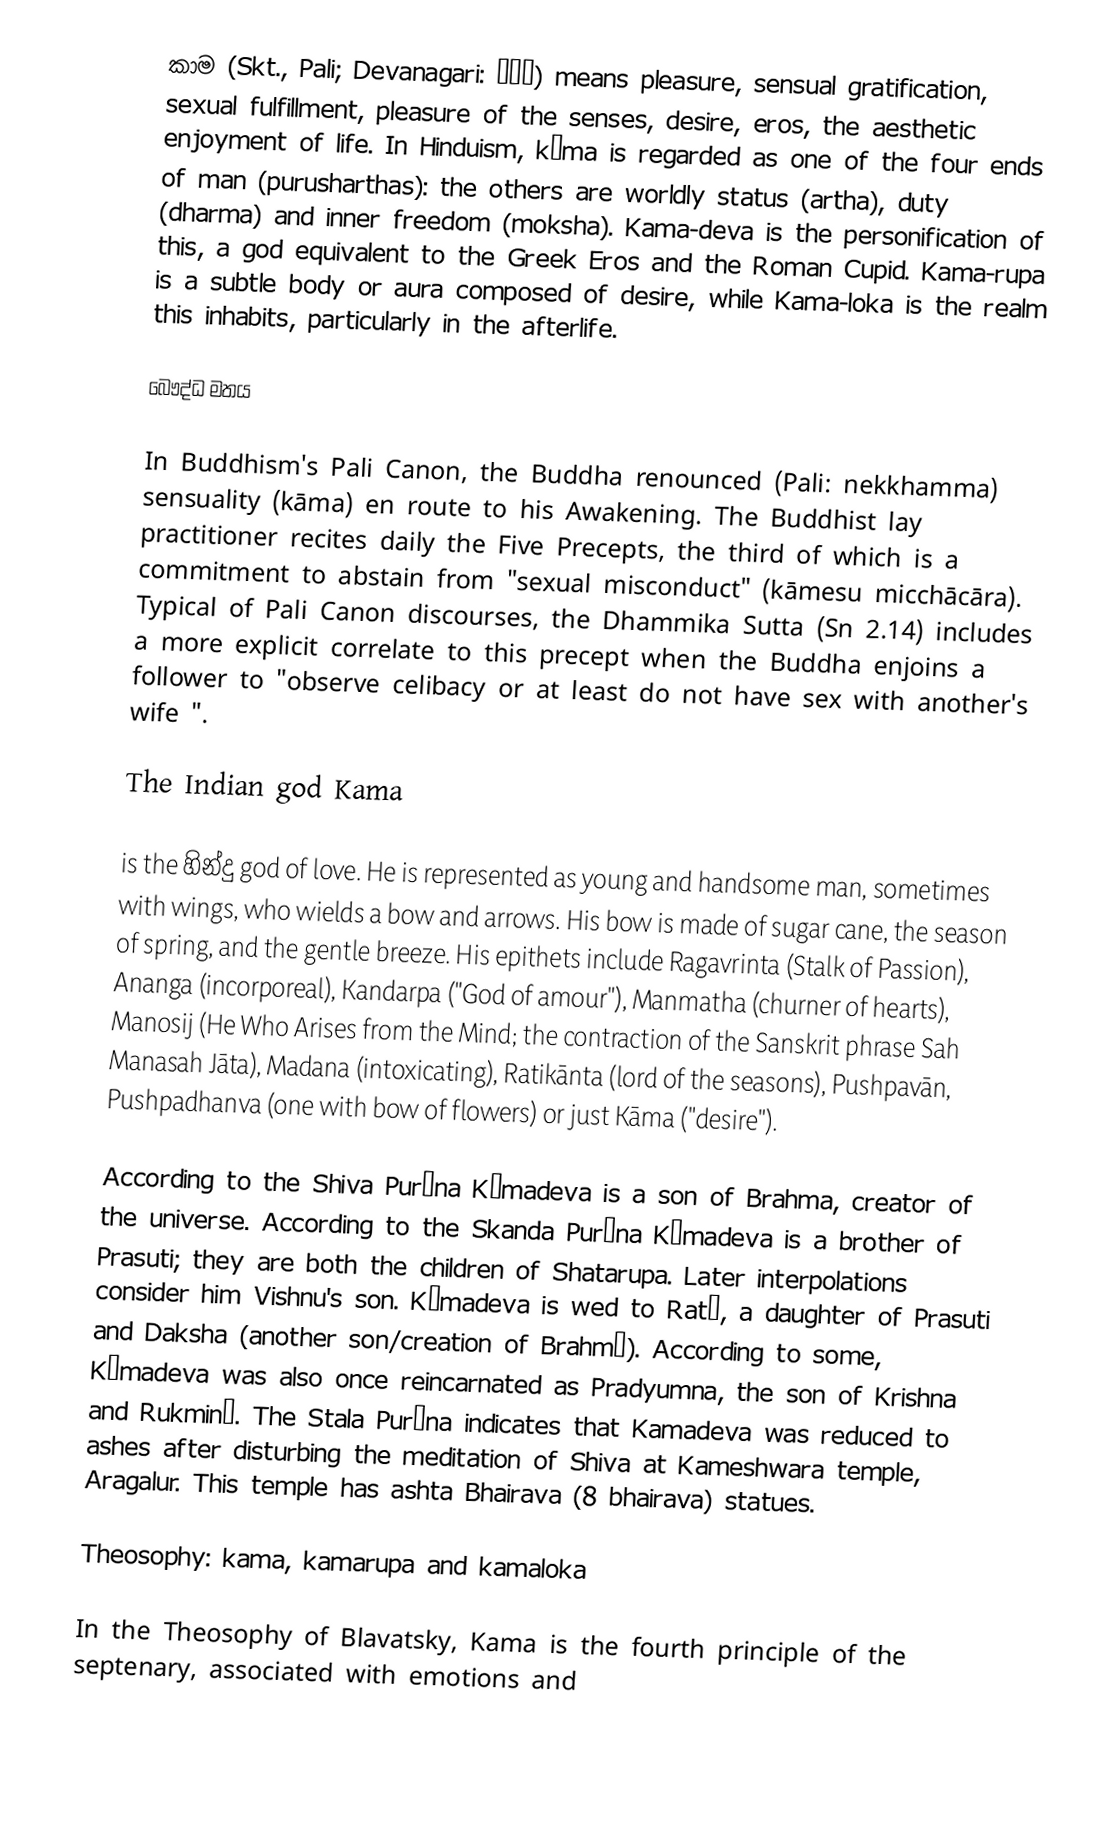
කාම (Skt., Pali; Devanagari: काम) means pleasure, sensual gratification, sexual fulfillment, pleasure of the senses, desire, eros, the aesthetic enjoyment of life. In Hinduism, kāma is regarded as one of the four ends of man (purusharthas): the others are worldly status (artha), duty (dharma) and inner freedom (moksha). Kama-deva is the personification of this, a god equivalent to the Greek Eros and the Roman Cupid. Kama-rupa is a subtle body or aura composed of desire, while Kama-loka is the realm this inhabits, particularly in the afterlife.

බෞද්ධ මතය

In Buddhism's Pali Canon, the Buddha renounced (Pali: nekkhamma) sensuality (kāma) en route to his Awakening. The Buddhist lay practitioner recites daily the Five Precepts, the third of which is a commitment to abstain from "sexual misconduct" (kāmesu micchācāra). Typical of Pali Canon discourses, the Dhammika Sutta (Sn 2.14) includes a more explicit correlate to this precept when the Buddha enjoins a follower to "observe celibacy or at least do not have sex with another's wife ".

The Indian god Kama

 is the හින්දු god of love. He is represented as  young and handsome man, sometimes with wings, who wields a bow and arrows. His bow is made of sugar cane, the season of spring, and the gentle breeze. His epithets include Ragavrinta (Stalk of Passion), Ananga (incorporeal), Kandarpa ("God of amour"), Manmatha (churner of hearts), Manosij (He Who Arises from the Mind; the contraction of the Sanskrit phrase Sah Manasah Jāta), Madana (intoxicating), Ratikānta (lord of the seasons), Pushpavān, Pushpadhanva (one with bow of flowers) or just Kāma ("desire").

According to the Shiva Purāna Kāmadeva is a son of Brahma, creator of the universe. According to the Skanda Purāna Kāmadeva is a brother of Prasuti; they are both the children of Shatarupa. Later interpolations consider him Vishnu's son. Kāmadeva is wed to Ratī, a daughter of Prasuti and Daksha (another son/creation of Brahmā). According to some, Kāmadeva was also once reincarnated as Pradyumna, the son of Krishna and Rukminī. The Stala Purāna indicates that Kamadeva was reduced to ashes after disturbing the meditation of Shiva at Kameshwara temple, Aragalur. This temple has ashta Bhairava (8 bhairava) statues.

Theosophy: kama, kamarupa and kamaloka

In the Theosophy of Blavatsky, Kama is the fourth principle of the septenary, associated with emotions and